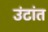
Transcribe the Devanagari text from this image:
उंटांत